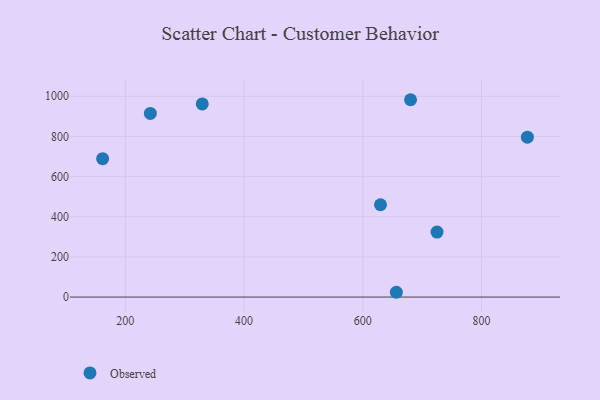
{"axis": {"x": "Distance", "y": "Profit"}, "legend": ["Observed"], "data": [{"x": "329.5", "y": 962.0, "type": "Observed"}, {"x": "629.8", "y": 459.8, "type": "Observed"}, {"x": "680.4", "y": 982.9, "type": "Observed"}, {"x": "161.7", "y": 689.5, "type": "Observed"}, {"x": "242.1", "y": 914.5, "type": "Observed"}, {"x": "877.2", "y": 796.5, "type": "Observed"}, {"x": "656.5", "y": 23.9, "type": "Observed"}, {"x": "725.0", "y": 323.8, "type": "Observed"}]}